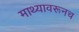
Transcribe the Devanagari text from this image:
माथ्यावरूनच